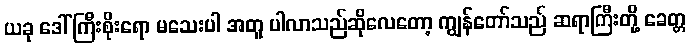
ယခု ဒေါ်ကြီးစိုးရော မသေးပါ အတူ ပါလာသည်ဆိုလေတော့ ကျွန်တော်သည် ဆရာကြီးတို့ ခေတ္တ